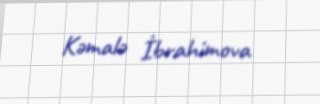
Kəmalə İbrahimova